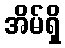
အိမ်ရှိ